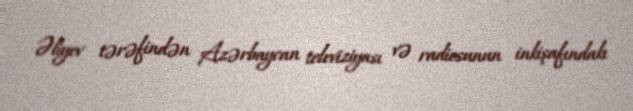
Əliyev tərəfindən Azərbaycan televiziyası və radiosunun inkişafındakı